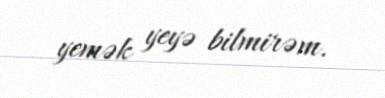
yemək yeyə bilmirəm.